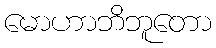
မောဟာဘိဘူတော